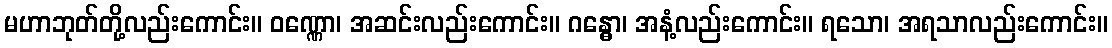
မဟာဘုတ်တို့လည်းကောင်း။ ဝဏ္ဏော၊ အဆင်းလည်းကောင်း။ ဂန္ဓော၊ အနံ့လည်းကောင်း။ ရသော၊ အရသာလည်းကောင်း။